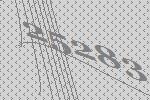
25283